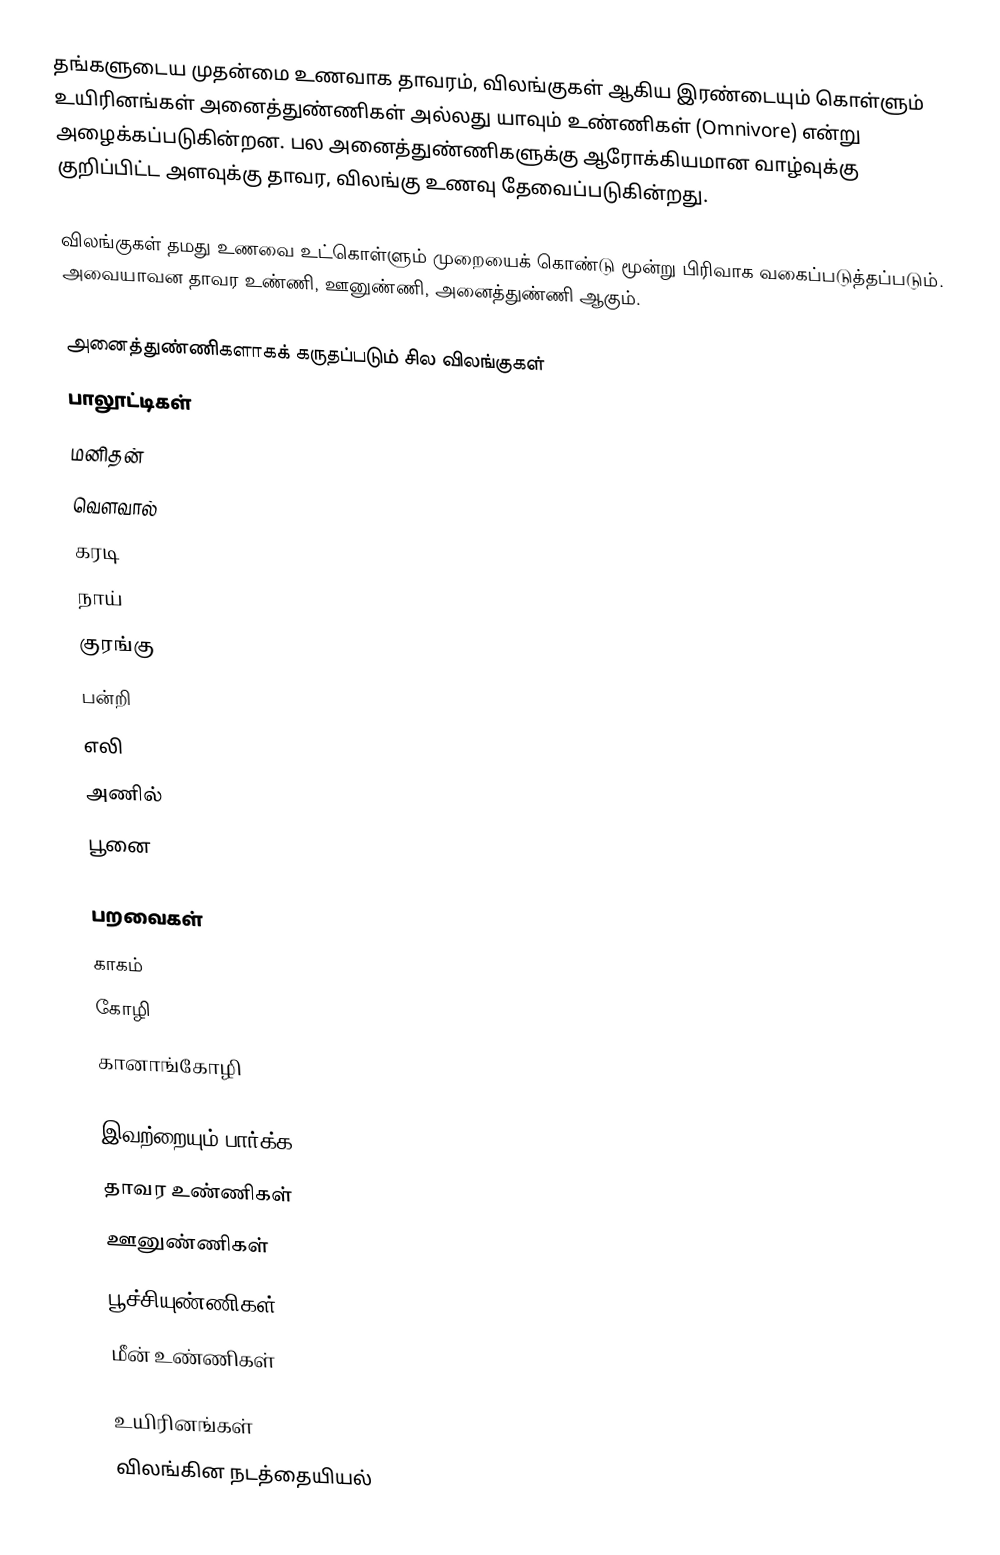
தங்களுடைய முதன்மை உணவாக தாவரம், விலங்குகள் ஆகிய இரண்டையும் கொள்ளும் உயிரினங்கள் அனைத்துண்ணிகள் அல்லது யாவும் உண்ணிகள் (Omnivore) என்று அழைக்கப்படுகின்றன. பல அனைத்துண்ணிகளுக்கு ஆரோக்கியமான வாழ்வுக்கு குறிப்பிட்ட அளவுக்கு தாவர, விலங்கு உணவு தேவைப்படுகின்றது.

விலங்குகள் தமது உணவை உட்கொள்ளும் முறையைக் கொண்டு மூன்று பிரிவாக வகைப்படுத்தப்படும். அவையாவன தாவர உண்ணி, ஊனுண்ணி, அனைத்துண்ணி ஆகும்.

அனைத்துண்ணிகளாகக் கருதப்படும் சில விலங்குகள்
பாலூட்டிகள்
 மனிதன்
 வெளவால்
 கரடி
 நாய்
 குரங்கு
 பன்றி
 எலி
 அணில்
 பூனை

பறவைகள்
 காகம்
 கோழி
 கானாங்கோழி

இவற்றையும் பார்க்க
 தாவர உண்ணிகள்
 ஊனுண்ணிகள்
 பூச்சியுண்ணிகள்
 மீன் உண்ணிகள்

உயிரினங்கள்
விலங்கின நடத்தையியல்